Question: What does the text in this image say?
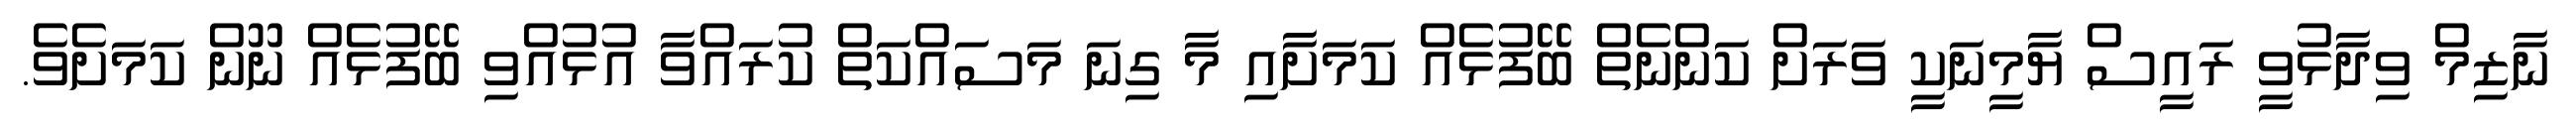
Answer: ނާޒިމް ވިދާޅުވީ ރައީސް ޔާމީނަކީ ވަރަށް ކަންނެތް ބޭފުޅެއް ކަމަށާއި މާ ގިނަ މަސައްކަތް ކުރައްވާ އުޅުއްވި ބޭފުޅެއް ނޫން ކަމަށެވެ.